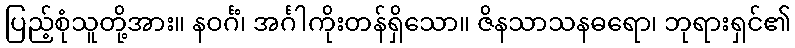
ပြည့်စုံသူတို့အား။ နဝင်္ဂံ၊ အင်္ဂါကိုးတန်ရှိသော။ ဇိနသာသနဓရော၊ ဘုရားရှင်၏